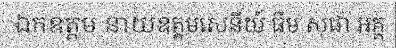
ឯកឧត្តម នាយឧត្តមសេនីយ៍ ធឹម សុផា អគ្គ